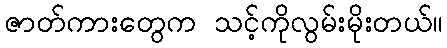
ဇာတ်ကားတွေက သင့်ကိုလွမ်းမိုးတယ်။